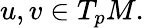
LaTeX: u,v\in T_{p}M.